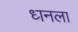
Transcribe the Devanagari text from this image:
ध्‍ानला